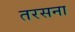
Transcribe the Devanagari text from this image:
तरसना